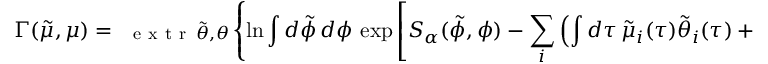
{ } \Gamma ( \tilde { \mu } , \mu ) = \substack { \mathrm { ~ \normalsize ~ e ~ x ~ t ~ r ~ } \, \tilde { \theta } , \theta } \left\lbrace \ln \int d \tilde { \phi } \, d \phi \, \exp \left[ S _ { \alpha } ( \tilde { \phi } , \phi ) - \sum _ { i } \left( \int d \tau \, \tilde { \mu } _ { i } ( \tau ) \tilde { \theta } _ { i } ( \tau ) + \int d \tau \, \mu _ { i } ( \tau ) \theta _ { i } ( \tau ) \right) \right] \right\rbrace